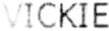
VICKIE